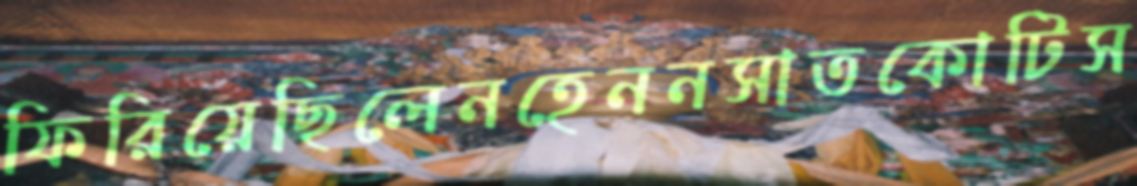
ফিরিয়েছিলেনহেননসাতকোটিস